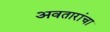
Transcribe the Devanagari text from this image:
अवतारांचा